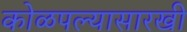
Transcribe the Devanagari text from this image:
कोळपल्यासारखी